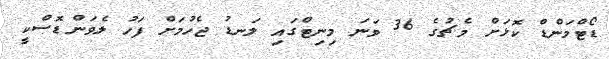
ޑޯޓްމަންޑް ކޮޅަށް މެޗުގެ 36 ވަނަ މިިނިޓްގައި ލަނޑު ޖެހުމަށް ފަހު ލެވަންޑޮސްކީ